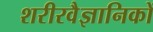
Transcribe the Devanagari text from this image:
शरीरवैज्ञानिकों